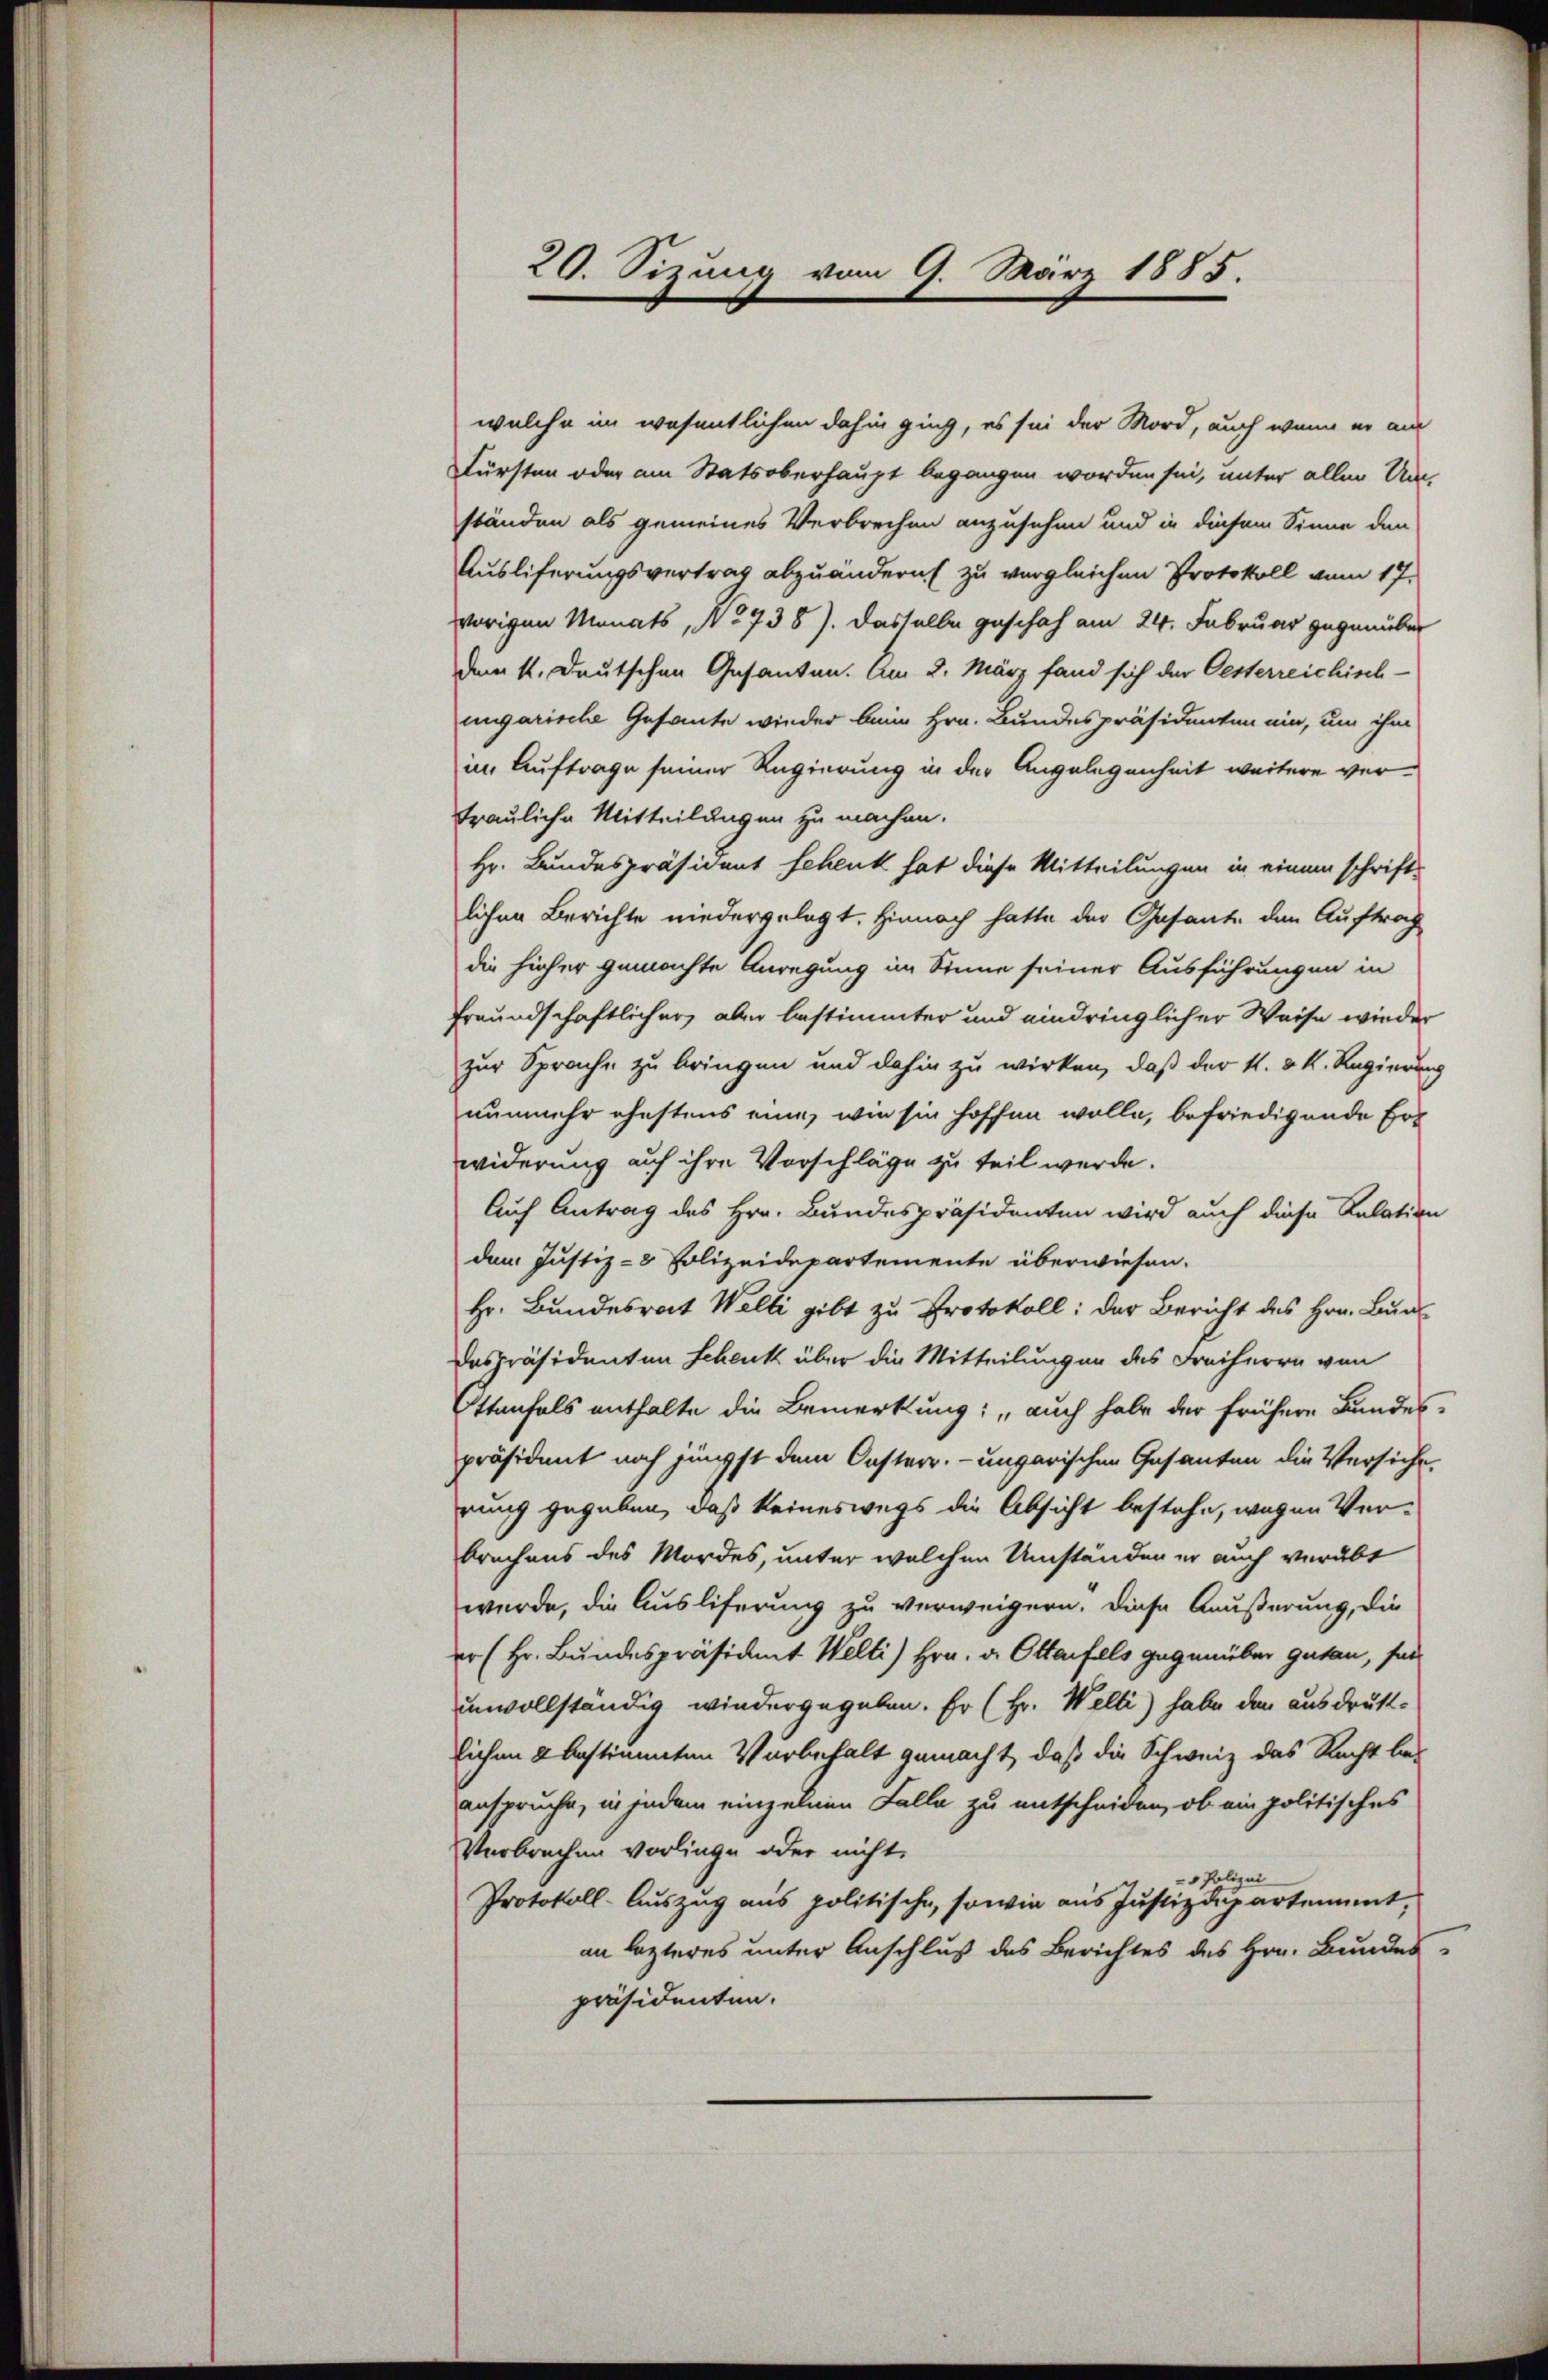
20. Sizung vom 9. März 1885.

welche im wesentlichen dahin ging, es sei der Mord, auch wenn er am
Fürsten oder am Statsoberhaupt begangen worden sei, unter allen Um-
ständen als gemeines Verbrechen anzusehen und in diesem Sinne den
Ausliferungsvertrag abzuändern zu vergleichen Protokoll vom 17.
vorigen Monats, No 738). Dasselbe geschah am 24. Februar gegenüber
dem k. deutschen Gesanten. Am 8. März fand sich der Oesterreichisch-
ungarische Gesamte wieder beim Hrn. Bundespräsidenten ein, um ihm
in Auftrage seiner Regierung in der Angelegenheit weitere vertrauliche Mitteilungen zu machen.
Hr. Bundespräsident schenk hat diese Mitteilungen in einem schrift-
lichen Berichte niedergelegt. Hienach hatte der Gesante den Auftrag
die hieher gemachte Anregung im Sinne seiner Ausführungen in
freundschaftlicher, aber bestimmter und eindringlicher Weise wieder
zur Sprache zu bringen und dahin zu wirken, daß der k. k. k. Regierung
nunmehr ehestens eine, wie sie hoffen wolle, befriedigende Erwiderung auf ihre Vorschläge zu teil werde.
Auf Antrag des Hrn. Bundespräsidenten wird auch diese Relation
dem Justiz- & Polizeidepartemente überwiesen.
Hr. Bundesrat Welti gibt zu Protokoll: der Bericht des Hrn. Bun
despräsidenten Schenk über die Mitteilungen des Freiherrn von
Ettenfels enthalte die Bemerkung: „auch habe der frühere Bundes-
präsident noch jüngst dem Oesterr.-ungarischen Gesanten die Versicherung gegeben, daß keineswegs die Absicht bestehe, wegen Verbrechens des Mordes, unter welchen Umständen er auch verübt
wurde, die Ausliferung zu verweigern. Diese Äußerung, die
er (Hr. Bundespräsident Welti) Hrn. v. Ottenfels gegenüber getan, fan
unvollständig wiedergegeben. Er (Hr. Welti) habe den ausdruck-
lichen 2 bestimmten Vorbehalt gemacht, daß die Schweiz das Recht bei
anspruche, in jedem einzelnen Falle zu entscheiden, ob ein politisches
Verbrechen vorliege oder nicht
- Polizei
Protokoll-Auszug aus politische, sowie aus Justizdepartement,
an lezteres unter Anschluß des Berichtes des Hrn. Bundes-
präsidenten.